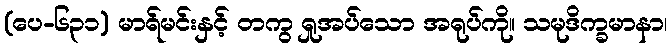
(ပေ-၆၃၁) မာရ်မင်းနှင့် တကွ ရှုအပ်သော အရုပ်ကို။ သမုဒိက္ခမာနာ၊